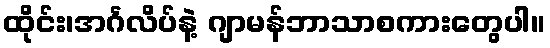
ထိုင်း၊အင်္ဂလိပ်နဲ့ ဂျာမန်ဘာသာစကားတွေပါ။